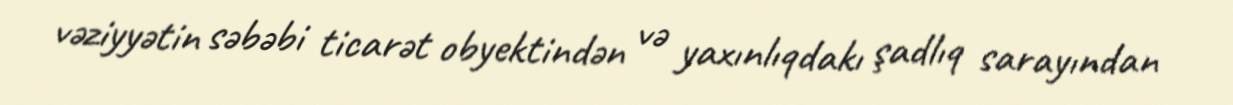
vəziyyətin səbəbi ticarət obyektindən və yaxınlıqdakı şadlıq sarayından